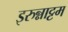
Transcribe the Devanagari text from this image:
इरुन्नाट्टम